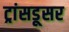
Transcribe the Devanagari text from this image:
ट्रांसडूसर